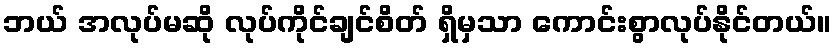
ဘယ် အလုပ်မဆို လုပ်ကိုင်ချင်စိတ် ရှိမှသာ ကောင်းစွာလုပ်နိုင်တယ်။